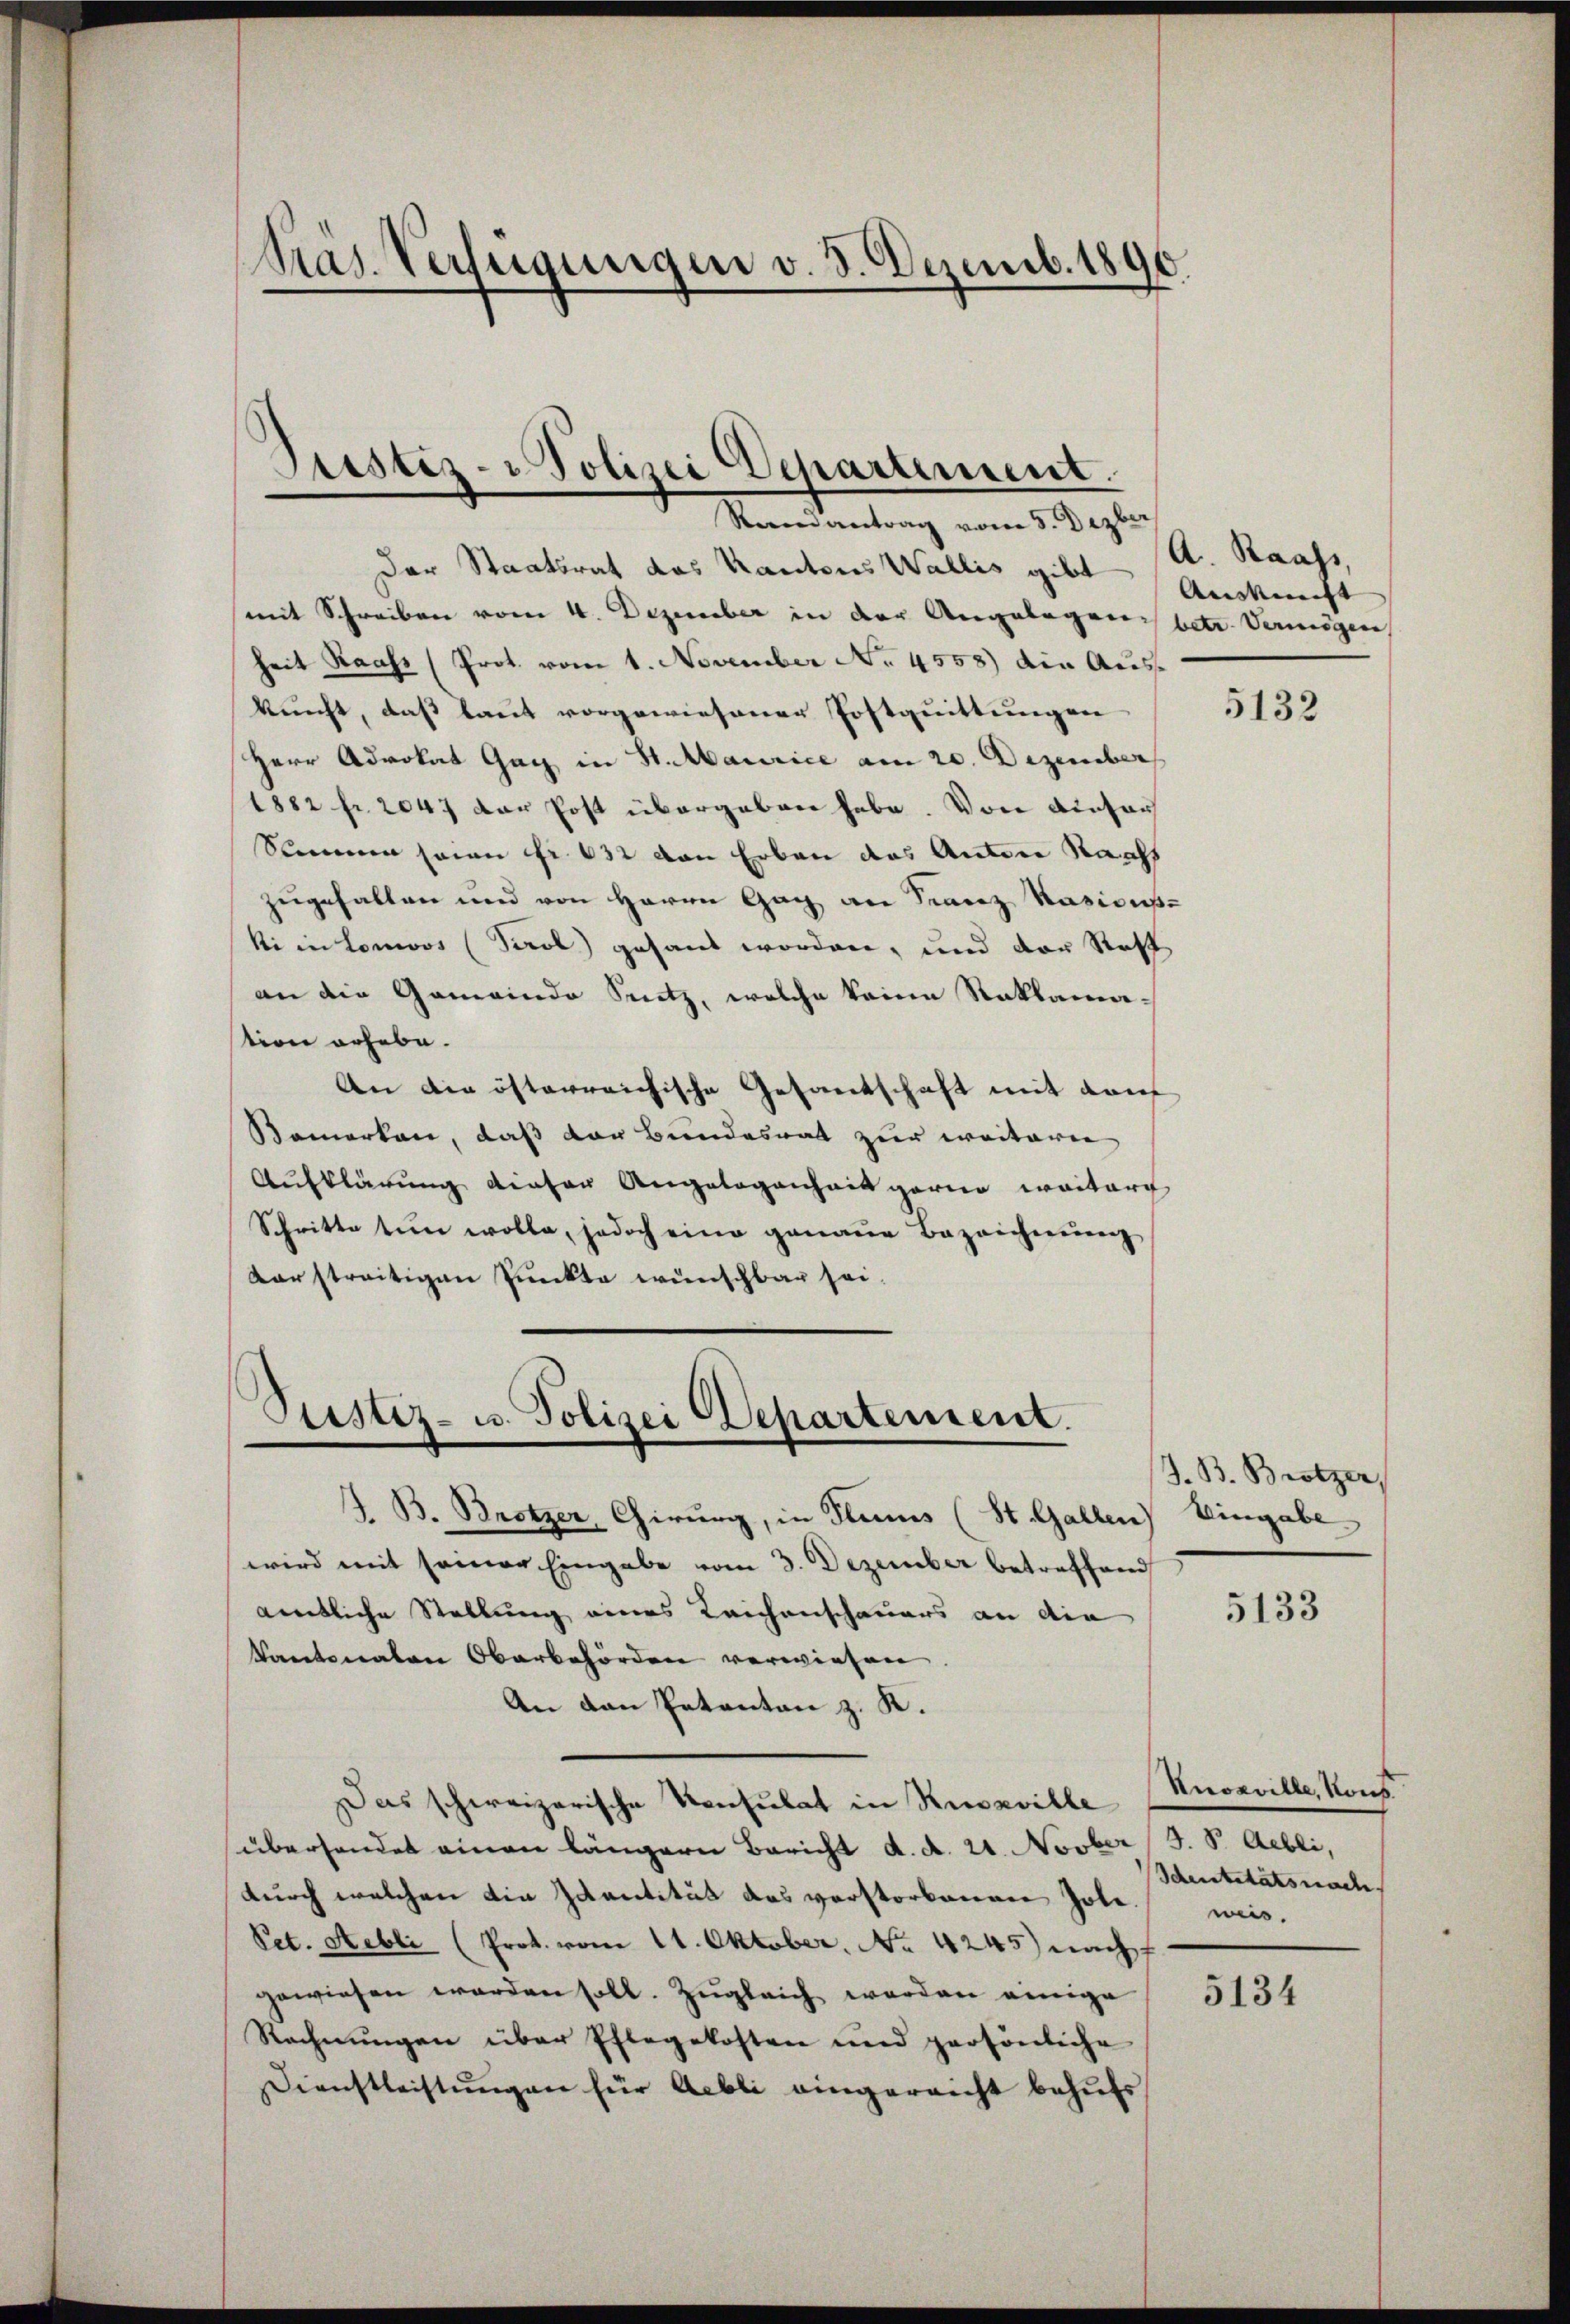
Pras. Verfügungen v. 3. Dezemb. 1890

Justiz- Polizei Cepartement.

Rerendantrag vom 5. Dezber
Der Staatsrat das Kantons Wallis gibt
mit Schreiben vom 4. Dezember in der Angelegen betr. Vermögen
heit Raas (Prot. vom 1. November No. 4558) die Auskunft, das laut vorgewiesener Postquittungen
Herr Advokat Gag in St. Maurice am 20. Dezember
1882 fr. 2047 der Post übergeben habe. Von einfar
Sommen seien fr. 632 von Erben das Anton Sachs
zugehalten und von Herrn Gag an Franz Rasionski in Lonos (Perol gesant worden, und der Stoff
an die Gemeinde Sentz, welche keine Reklamation erhebe.
An die österreichische Gesandtschaft mit Kauf
Bemerken, daß der Bundesrat zur weiteren
Aufklärung dieser Angelegenheit garne weitere
Schritte tun wolle, jedoch eine genaue Bezeichnung
darstreitigen Punkte wünschbar sei.

Pristiz- u. Polizei Departement.

J. B. Brotzer Chirurg, in Stums (St. Gallen) Eingabe
wird mit seiner Eingabe vom 3. Dezember betreffend
amtliche Stellung eines Leichenschauers an die
Kantonalen Oberbehörden verwiesen.
An den Petenten z. K.
Das schweizerische Konsulat in Ruszville (Knoeville, Konz
überhandet einen längern Bericht d. d. 21. Novber
durch welchen die Identität das verstorbenen Jole weis
Pet. Aubli (Prot. vom 11. Oktober, No 4245) nach
gewiesen worden soll. Zŭgleich werden einige
Rechnungen über Pflegekosten und persönliche
Dienstleistungen für Aebli eingereicht behufs

A. Raass,
Auskunft |

5132

J. B. Brotzer,

5133

J. V. Aebli,
Identitätsnac

5134